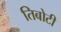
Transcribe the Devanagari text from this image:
तिबोटी